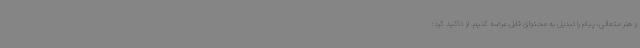
و هنر متعالی، پیام را تبدیل به محتوای قابل عرضه کنیم. او تاکید کرد: